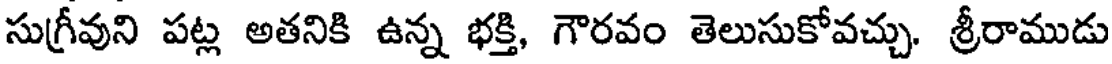
సుగ్రీవుని పట్ల అతనికి ఉన్న భక్తి, గౌరవం తెలుసుకోవచ్చు. శ్రీరాముడు